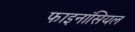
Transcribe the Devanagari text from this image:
फाइनांसियल